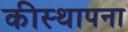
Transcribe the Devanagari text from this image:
कीस्थापना